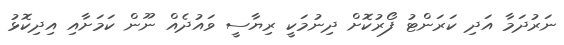
ނަރުދަމާ އަދި ކަރަންޓު ފޯރުކޮށް ދިނުމަކީ ރިޔާސީ ވައުދެއް ނޫން ކަމަށާއި އިދިކޮޅު